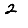
Digit: 2